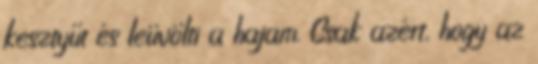
kesztyűt és leüvölti a hajam. Csak azért, hogy az